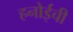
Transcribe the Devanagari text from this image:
हनोईची